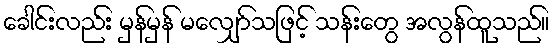
ခေါင်းလည်း မှန်မှန် မလျှော်သဖြင့် သန်းတွေ အလွန်ထူသည်။